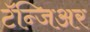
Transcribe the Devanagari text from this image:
टॅन्जिअर